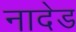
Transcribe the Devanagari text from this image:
नादेड